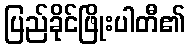
ပြည်ခိုင်ဖြိုးပါတီ၏